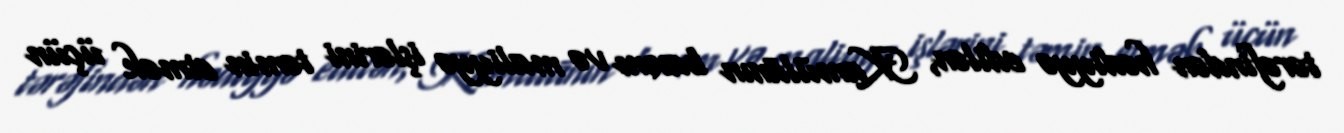
tərəfindən hədiyyə edilən, Kamūlānın baxım və maliyyə işlərini təmin etmək üçün